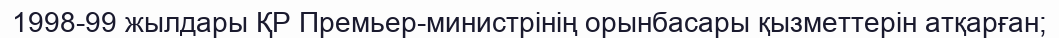
1998-99 жылдары ҚР Премьер-министрінің орынбасары қызметтерін атқарған;